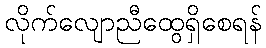
လိုက်လျောညီထွေရှိစေရန်